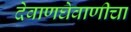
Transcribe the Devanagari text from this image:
देवाणघेवाणीचा